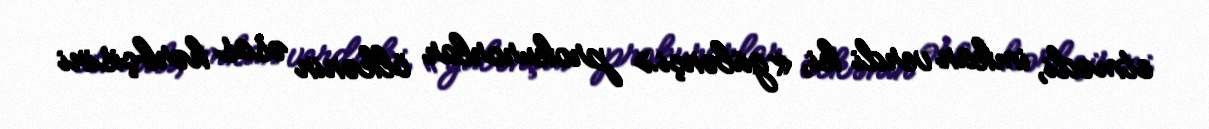
etmədi, imkan verdi ki, «gülənçi» prokurorlar ölkənin əsas hərbçisini